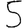
Digit: 5